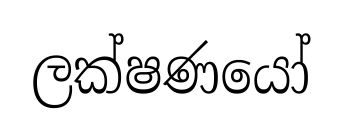
ලක්ෂණයෝ